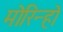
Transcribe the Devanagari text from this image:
मोरिन्हो